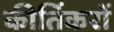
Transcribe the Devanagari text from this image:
कीर्तिकरों